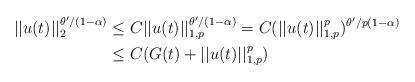
LaTeX: \begin{align*}||u(t)||_2^{\theta'/(1-\alpha)} & \leq C||u(t)||_{1,p}^{\theta'/(1-\alpha)}= C(||u(t)||_{1,p}^p )^{\theta'/p(1-\alpha)}\\&\leq C(G(t)+||u(t)||_{1,p}^p)\end{align*}